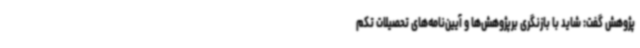
پژوهش گفت: شاید با بازنگری برپژوهش‌ها و آیین‌نامه‌های تحصیلات تکم